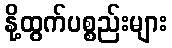
နို့ထွက်ပစ္စည်းများ